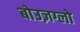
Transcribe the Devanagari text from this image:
बोउज़ग्लो